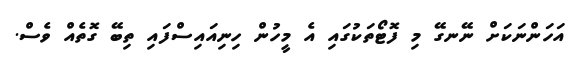
އަހަންނަކަށް ނޭނގޭ މި ފޮޓޯތަކުގައި އެ މީހުން ހިނިއައިސްފައި ތިބޭ ގޮތެއް ވެސް.